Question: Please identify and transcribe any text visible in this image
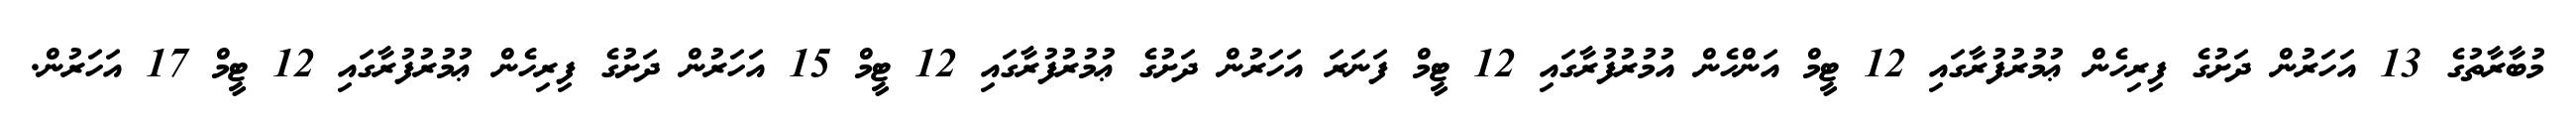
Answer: މުބާރާތުގެ 13 އަހަރުން ދަށުގެ ފިރިހެން ޢުމުރުފުރާގައި 12 ޓީމް އަންހެން އުމުރުފުރާގައި 12 ޓީމް ފަނަރަ އަހަރުން ދަށުގެ ޢުމުރުފުރާގައި 12 ޓީމް 15 އަހަރުން ދަށުގެ ފިރިހެން ޢުމުރުފުރާގައި 12 ޓީމް 17 އަހަރުން.